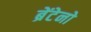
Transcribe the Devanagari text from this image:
ब्रेंटेनो